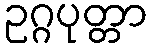
ဥဂ္ဂပုတ္တာ